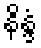
နိန္ဒံ